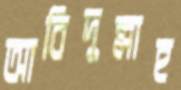
আবিদুল্লাহ